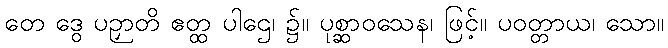
တေ ဒွေ ပဉှာတိ ဧတ္ထ ပါဌေ၊ ၌။ ပုစ္ဆာဝသေန၊ ဖြင့်။ ပဝတ္တာယ၊ သော။